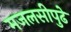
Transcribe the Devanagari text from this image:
मजलसीपुढे